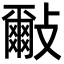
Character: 𣀑